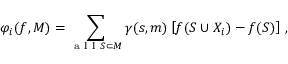
\varphi _ { i } ( f , M ) = \sum _ { \mathrm { ~ a ~ l ~ l ~ } S \subset M } \gamma ( s , m ) \left[ f ( S \cup X _ { i } ) - f ( S ) \right] \, ,